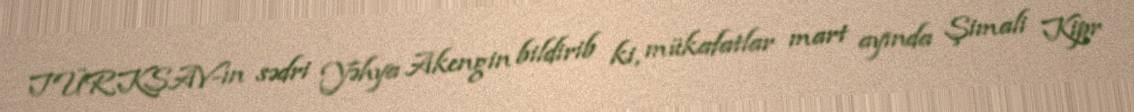
TÜRKSAV-ın sədri Yəhya Akengin bildirib ki, mükafatlar mart ayında Şimali Kipr